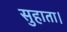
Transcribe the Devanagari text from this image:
सुहाता।